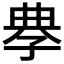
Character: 𡥳